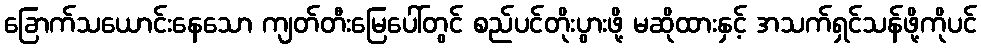
ခြောက်သယောင်းနေသော ကျတ်တီးမြေပေါ်တွင် စည်ပင်တိုးပွားဖို့ မဆိုထားနှင့် အသက်ရှင်သန်ဖို့ကိုပင်